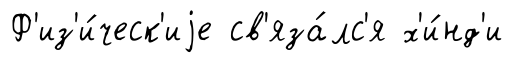
Ф'из'и́ческ'иjе св'яза́лс'я х'и́нд'и